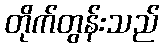
တိုက်တွန်းသည်